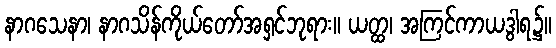
နာဂသေနာ၊ နာဂသိန်ကိုယ်တော်အရှင်ဘုရား။ ယတ္ထ၊ အကြင်ကာယဒွါရ၌။